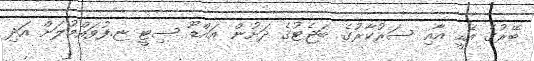
ބޭރުގެ އެހީ އާއި ސަރުކާރުގެ ބަޖެޓުގެ ދަށުން އައްޑޫ ސިޓީ ޏ.ފުވައްމުލަށް އަދި